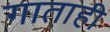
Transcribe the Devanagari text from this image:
गाताही